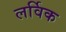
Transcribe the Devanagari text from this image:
लर्विक